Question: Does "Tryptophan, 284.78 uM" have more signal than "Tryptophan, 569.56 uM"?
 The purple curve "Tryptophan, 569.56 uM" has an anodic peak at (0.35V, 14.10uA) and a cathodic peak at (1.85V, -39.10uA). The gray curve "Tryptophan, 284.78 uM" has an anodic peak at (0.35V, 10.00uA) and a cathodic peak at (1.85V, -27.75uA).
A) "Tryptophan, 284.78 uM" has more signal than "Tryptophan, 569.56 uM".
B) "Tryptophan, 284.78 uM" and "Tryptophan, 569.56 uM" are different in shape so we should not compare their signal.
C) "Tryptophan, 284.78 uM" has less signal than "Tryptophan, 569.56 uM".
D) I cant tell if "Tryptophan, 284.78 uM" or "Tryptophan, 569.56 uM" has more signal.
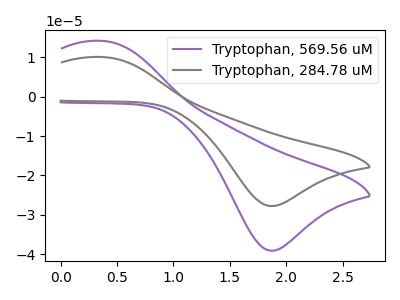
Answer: <think>All the peaks in "Tryptophan, 284.78 uM" have a peak in "Tryptophan, 569.56 uM" at the same potential. Every peak in "Tryptophan, 284.78 uM" is lower than every peak in "Tryptophan, 569.56 uM".
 </think>
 <answer>C) "Tryptophan, 284.78 uM" has less signal than "Tryptophan, 569.56 uM".</answer>
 <eval>C</eval>